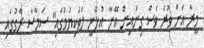
މީރާ އަށް ވުރެ ވެސް ގިނައިން އޭނާ އުޅޭނީ ލަވަކިޔުމުގައި" ސަމާސާ ރާގުގައި